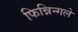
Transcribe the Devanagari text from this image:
फिन्निन्गले